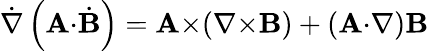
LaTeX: {\dot{\nabla}}\left(\mathbf{A}{\cdot}{\dot{\mathbf{B}}}\right)=\mathbf{A}{\times}\! \left(\nabla{\times}\mathbf{B}\right)+\left(\mathbf{A}{\cdot}\nabla\right)\mathbf{B}